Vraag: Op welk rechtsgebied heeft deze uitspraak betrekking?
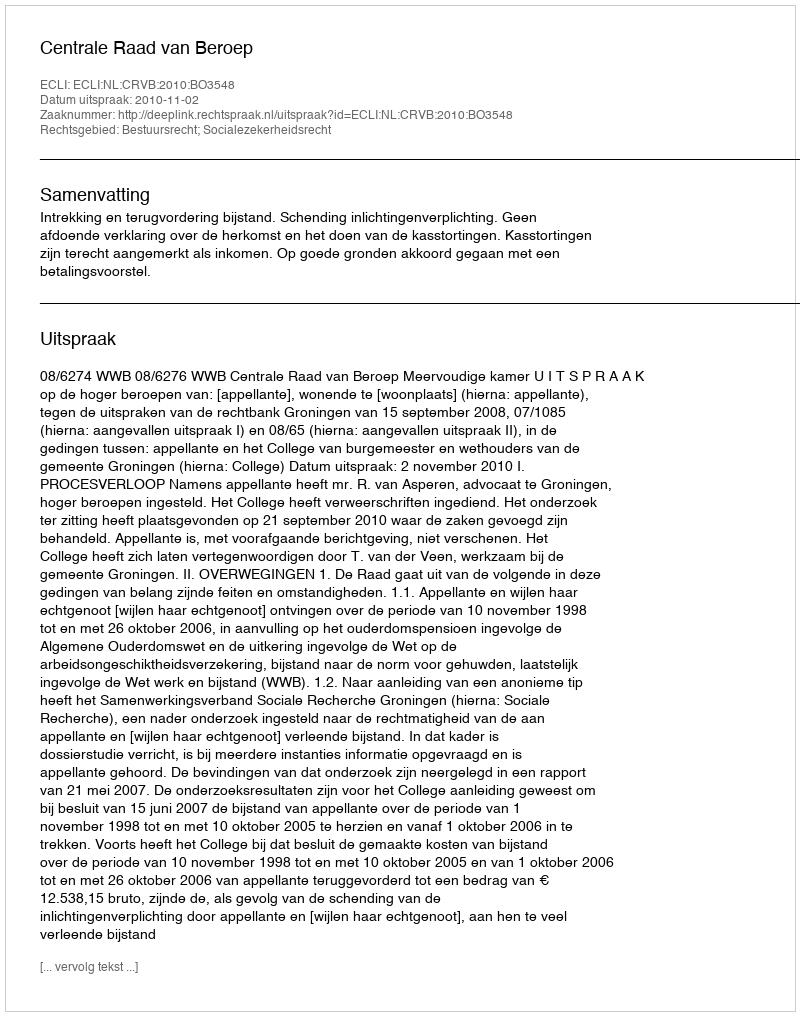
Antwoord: Bestuursrecht; Socialezekerheidsrecht